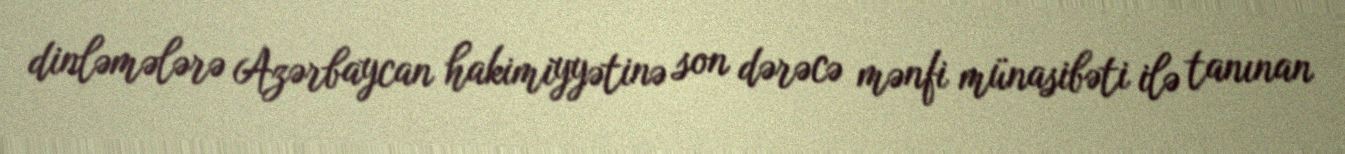
dinləmələrə Azərbaycan hakimiyyətinə son dərəcə mənfi münasibəti ilə tanınan